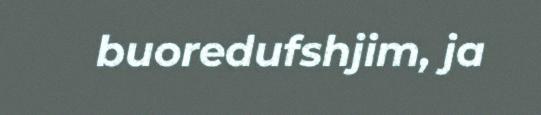
buoredufshjim, ja